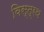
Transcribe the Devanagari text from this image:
विस्त्रथ